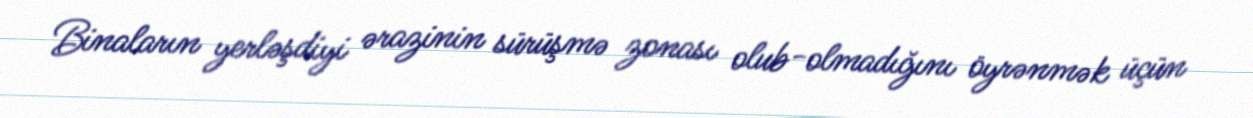
Binaların yerləşdiyi ərazinin sürüşmə zonası olub-olmadığını öyrənmək üçün